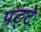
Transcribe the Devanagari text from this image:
पट्‍टे